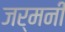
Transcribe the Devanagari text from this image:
जर्मनीं